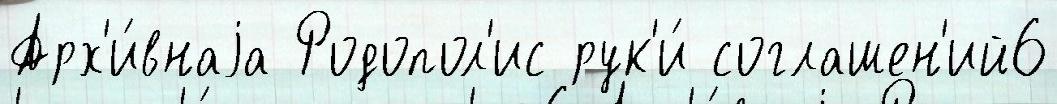
Арх'и́внаjа Родопол'ис рук'и́ соглашен'ий6